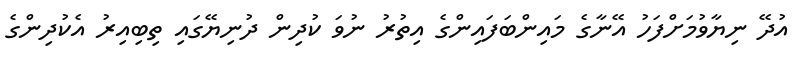
އުދޭ ނިޔާވުމަށްފަހު އޭނާގެ މައިންބަފައިންގެ އިތުރު ނުވަ ކުދިން ދުނިޔޭގައި ތިބިއިރު އެކުދިންގެ